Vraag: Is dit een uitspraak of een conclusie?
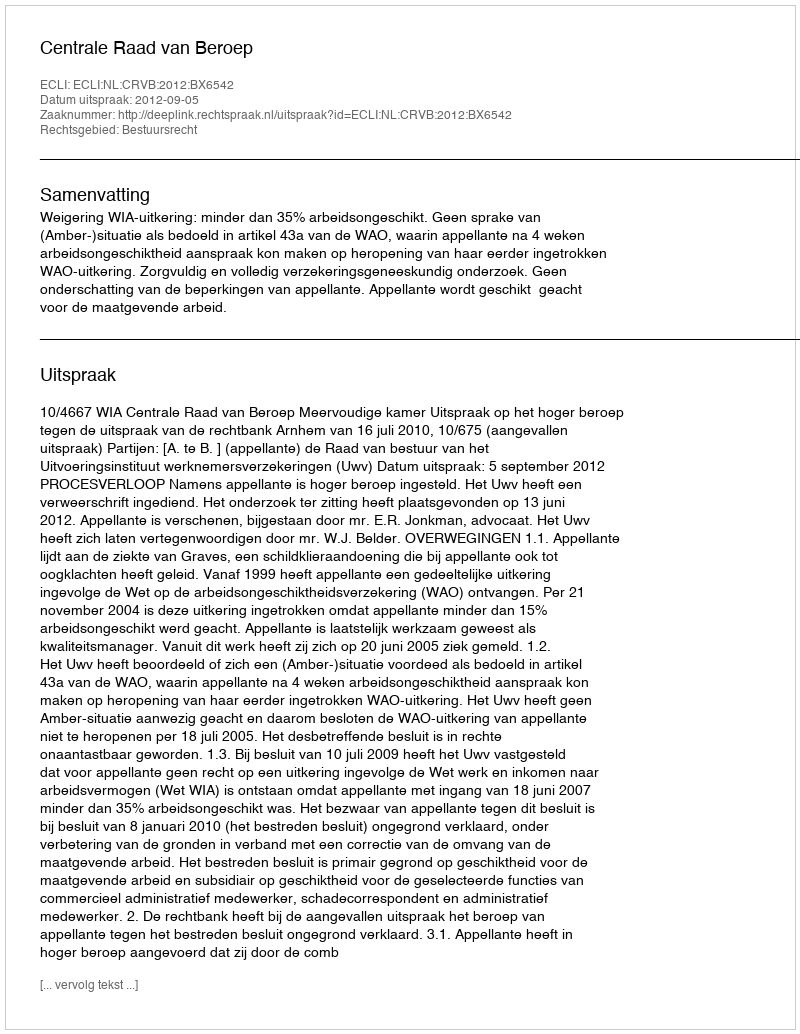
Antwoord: Uitspraak